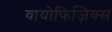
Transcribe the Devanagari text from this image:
वायोफिज़िक्स